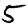
Digit: 5